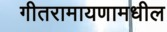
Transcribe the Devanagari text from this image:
गीतरामायणामधील